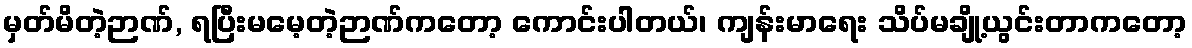
မှတ်မိတဲ့ဉာဏ်, ရပြီးမမေ့တဲ့ဉာဏ်ကတော့ ကောင်းပါတယ်၊ ကျန်းမာရေး သိပ်မချို့ယွင်းတာကတော့